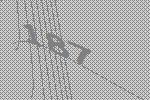
187